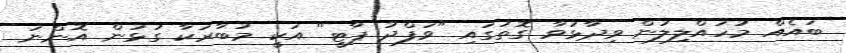
ބައެއް މުހައްލިލުން ވިދާޅުވާ ގޮތުގައި "ވަފްދު ޕާޓީ" އަކީ މުބާރަކާ ގުޅުން އޮންނަ